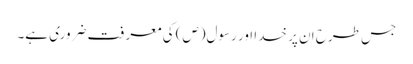
جس طرح ان پر خدا اور رسول(ص) کی معرفت ضروری ہے۔